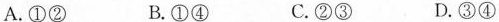
A.①② B.①④C.②③ D.③④